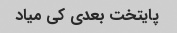
پایتخت بعدی کی میاد